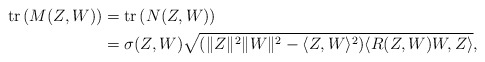
\begin{align*}\textup{tr}\left(M(Z,W)\right)&=\textup{tr}\left(N(Z,W)\right)\\&=\sigma(Z,W)\sqrt{(\|Z\|^2\|W\|^2-\langle Z,W\rangle^2)\langle R(Z,W)W,Z\rangle},\end{align*}